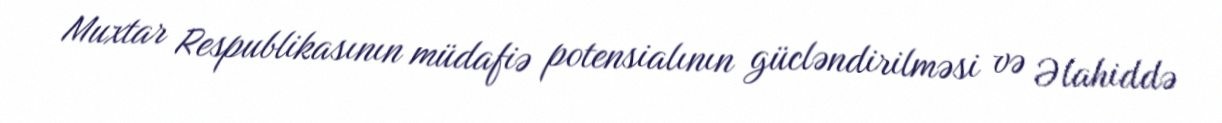
Muxtar Respublikasının müdafiə potensialının gücləndirilməsi və Əlahiddə